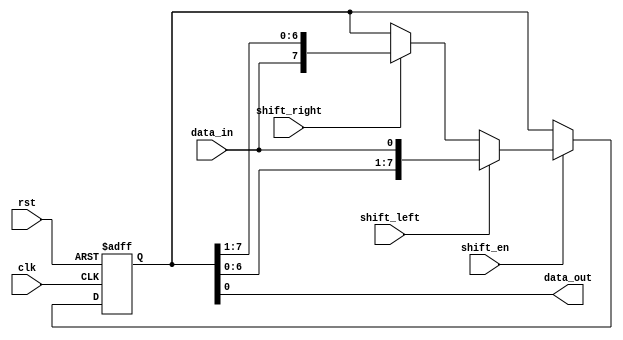
module bidirectional_shift_register(
    input wire clk,          // Clock signal
    input wire rst,          // Reset signal
    input wire shift_en,     // Shift enable signal
    input wire shift_left,   // Direction control for left shift
    input wire shift_right,  // Direction control for right shift
    input wire data_in,      // Input data
    output reg data_out      // Output data
);

reg [7:0] reg_data;         // Data stored in shift register

always @(posedge clk or posedge rst) begin
    if(rst) begin
        reg_data <= 8'b0;   // Clear register on reset
    end else begin
        if(shift_en) begin
            if(shift_left) begin
                reg_data <= {reg_data[6:0], data_in}; // Shift data to the left
            end else if(shift_right) begin
                reg_data <= {data_in, reg_data[7:1]}; // Shift data to the right
            end
        end
    end
end

assign data_out = reg_data;  // Output shifted data

endmodule